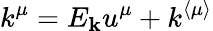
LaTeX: k^{\mu}=E_{\mathbf{k}}u^{\mu}+k^{\langle\mu\rangle}